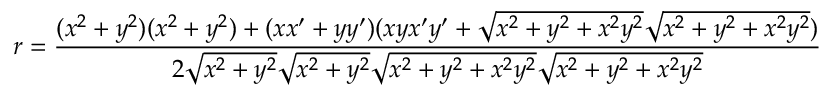
r = { \frac { ( x ^ { 2 } + y ^ { 2 } ) ( x ^ { 2 } + y ^ { 2 } ) + ( x x ^ { \prime } + y y ^ { \prime } ) ( x y x ^ { \prime } y ^ { \prime } + { \sqrt { x ^ { 2 } + y ^ { 2 } + x ^ { 2 } y ^ { 2 } } } { \sqrt { x ^ { 2 } + y ^ { 2 } + x ^ { 2 } y ^ { 2 } } } ) } { 2 { \sqrt { x ^ { 2 } + y ^ { 2 } } } { \sqrt { x ^ { 2 } + y ^ { 2 } } } { \sqrt { x ^ { 2 } + y ^ { 2 } + x ^ { 2 } y ^ { 2 } } } { \sqrt { x ^ { 2 } + y ^ { 2 } + x ^ { 2 } y ^ { 2 } } } } }